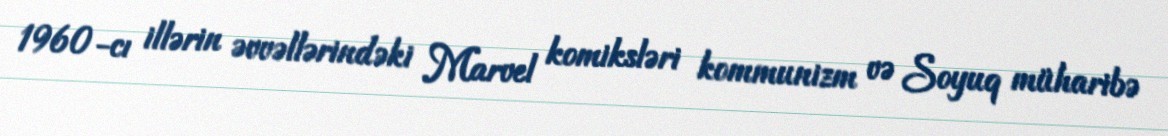
1960-cı illərin əvvəllərindəki Marvel komiksləri kommunizm və Soyuq müharibə